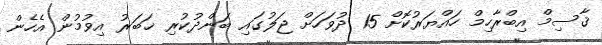
ޤާސިމް އިބްރާހިމް ހައްޔަރުކޮށް 15 ދުވަހަށް ޖަލުގައި ބަންދުކުރި ޚަބަރު އިވުމުން އެހެން